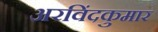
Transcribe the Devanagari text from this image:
अरविंदकुमार